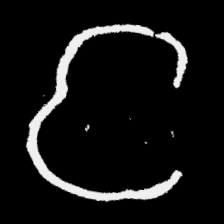
Pyu character \u2014 Myanmar letter: င (romanized: nga)